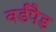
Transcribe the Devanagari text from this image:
वर्डपैड